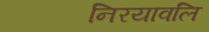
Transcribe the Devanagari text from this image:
निरयावलि